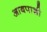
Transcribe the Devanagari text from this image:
आबपाशी